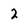
Character: 2